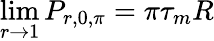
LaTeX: \operatorname*{lim}_{r\to 1}P_{r,0,\pi}=\pi\tau_{m}R